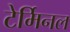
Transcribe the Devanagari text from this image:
टेर्मिनल